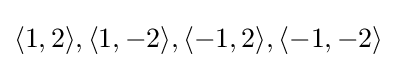
\langle 1,2\rangle ,\langle 1,-2\rangle ,\langle -1,2\rangle ,\langle -1,-2\rangle